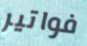
فواتير